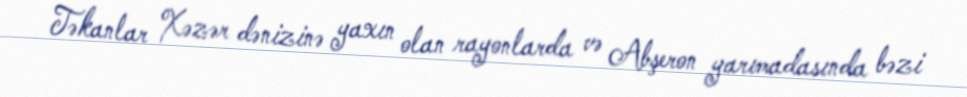
Təkanlar Xəzər dənizinə yaxın olan rayonlarda və Abşeron yarımadasında bəzi